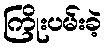
ကြိုးပမ်းခဲ့